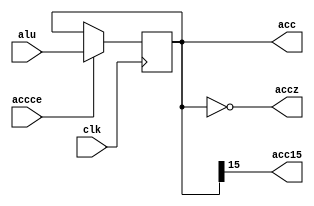
module acc_reg(
    clk, 
    accce,
    alu,
    acc,
    acc15,
    accz
    );

    input clk, accce;
    input [15:0] alu;
    output acc15, accz;
    output [15:0] acc;
    reg [15:0] acc;

    assign acc15 = acc[15];
    assign accz = (acc == 16'h0);

    always @(negedge clk) begin
        if(accce) acc <= alu[15:0];
    end
endmodule